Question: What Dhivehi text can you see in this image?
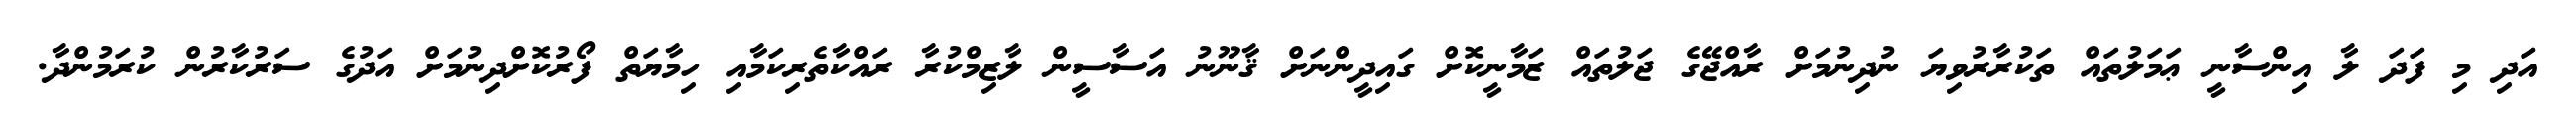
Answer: އަދި މި ފަދަ ލާ އިންސާނީ ޢަމަލުތައް ތަކުރާރުވިޔަ ނުދިނުމަށް ރާއްޖޭގެ ޖަލުތައް ޒަމާނީކޮށް ގައިދީންނަށް ޤާނޫނު އަސާސީން ލާޒިމްކުރާ ރައްކާތެރިކަމާއި ހިމާޔަތް ފޯރުކޮށްދިނުމަށް އަދުގެ ސަރުކާރުން ކުރަމުންދާ.